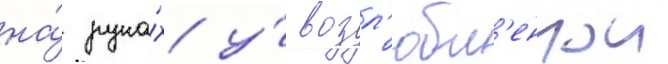
на́ рука́х у́ возл'юбл'еннои